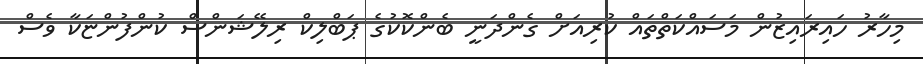
މިހާރު ހައިރައިޒުން މަސައްކަތްތައް ކުރިއަށް ގެންދަނީ ބެންކޮކުގެ ޕަބްލިކް ރިލޭޝަންސް ކުންފުންޏަކާ ވެސް